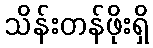
သိန်းတန်ဖိုးရှိ